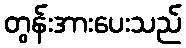
တွန်းအားပေးသည်